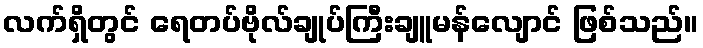
လက်ရှိတွင် ရေတပ်ဗိုလ်ချုပ်ကြီးချူမန်လျောင် ဖြစ်သည်။